Annual statistical returns and brief notes on vaccination in Bengal - 1896-1909
Year: 1896
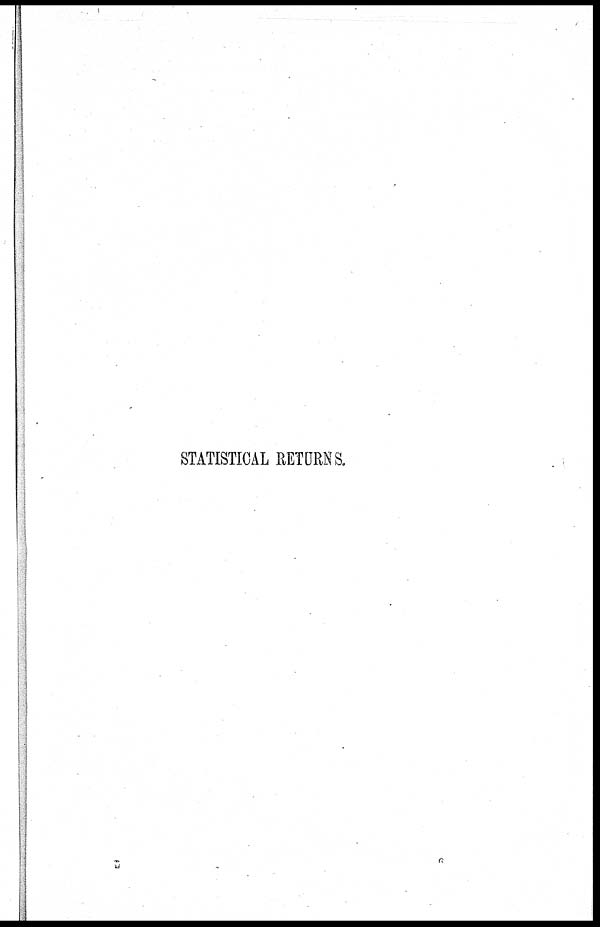
STATISTICAL RETURNS.
G